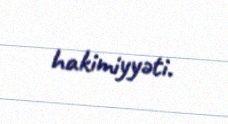
hakimiyyəti.